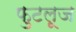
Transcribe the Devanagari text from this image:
फुटलूज